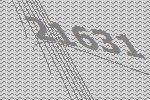
21631